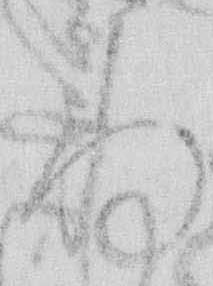
存